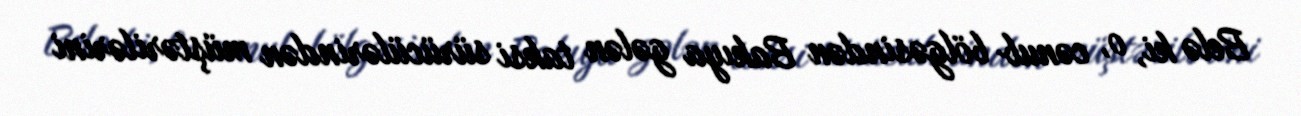
Belə ki, o, cənub bölgəsindən Bakıya gələn taksi sürücülərindən müştərilərini